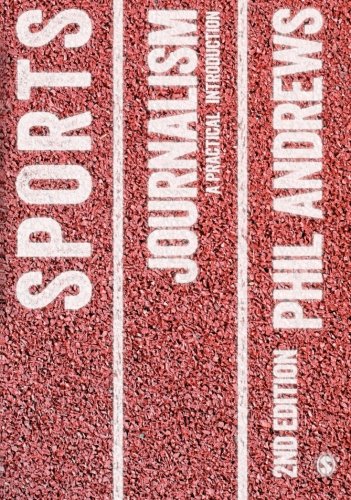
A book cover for Sports Journalism: A Practical Introduction; Phil Andrews; Reference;